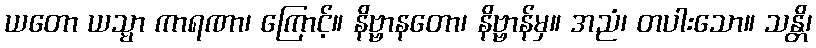
ယတော ယသ္မာ ကာရဏာ၊ ကြောင့်။ နိဗ္ဗာနတော၊ နိဗ္ဗာန်မှ။ အညံ၊ တပါးသော။ သန္တိ၊